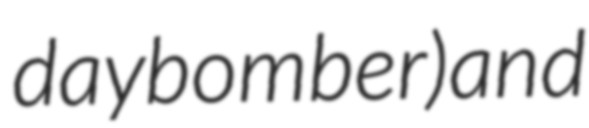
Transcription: day bomber) and